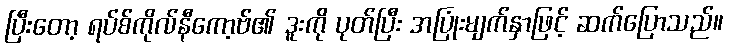
ပြီးတော့ ရပ်စ်ကိုလ်နီကော့ဗ်၏ ဒူးကို ပုတ်ပြီး အပြုံးမျက်နှာဖြင့် ဆက်ပြောသည်။